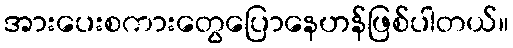
အားပေးစကားတွေပြောနေဟန်ဖြစ်ပါတယ်။